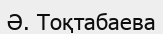
Ә. Тоқтабаева